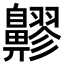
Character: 𪖷